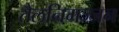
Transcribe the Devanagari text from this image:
तैलनिमज्जन